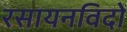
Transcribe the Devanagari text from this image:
रसायनविदों